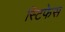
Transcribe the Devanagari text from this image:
स्टिफेस